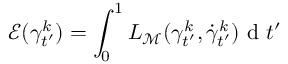
\mathcal { E } ( \gamma _ { t ^ { \prime } } ^ { k } ) = \int _ { 0 } ^ { 1 } L _ { { \mathcal { M } } } ( \gamma _ { t ^ { \prime } } ^ { k } , \dot { \gamma } _ { t ^ { \prime } } ^ { k } ) \mathrm { ~ d ~ } t ^ { \prime }